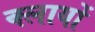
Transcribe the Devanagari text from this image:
क्लायों